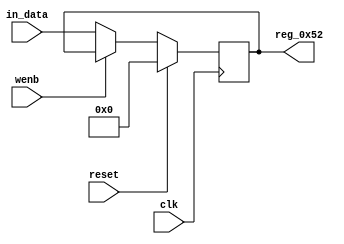
module r_TX_BUF_HEADER_BYTE_0(output reg [7:0] reg_0x52, input wire reset, input wire wenb, input wire [7:0] in_data, input wire clk);
	always@(posedge clk)
	begin
		if(reset==0) begin
			if(wenb==0)
				reg_0x52<=in_data;
			else
				reg_0x52<=reg_0x52;
		end
		else
			reg_0x52<=8'h00;
	end
endmodule